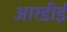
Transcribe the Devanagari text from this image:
आरडीई